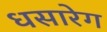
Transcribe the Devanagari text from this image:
धसारेग